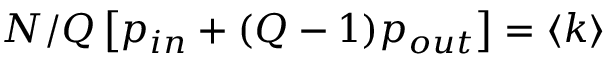
N / Q \left[ p _ { i n } + ( Q - 1 ) p _ { o u t } \right] = \langle k \rangle